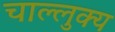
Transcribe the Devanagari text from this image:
चाल्लुक्य